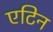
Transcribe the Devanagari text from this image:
एटिन